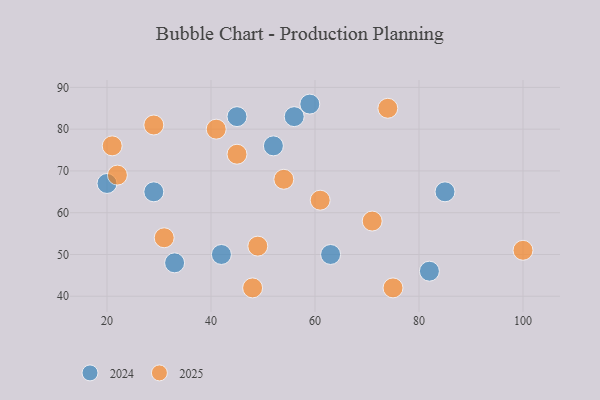
{"axis": {"x": "GDP", "y": "Life Expectancy"}, "legend": ["2024", "2025"], "data": [{"x": "20", "y": 67, "type": "2024"}, {"x": "63", "y": 50, "type": "2024"}, {"x": "33", "y": 48, "type": "2024"}, {"x": "59", "y": 86, "type": "2024"}, {"x": "29", "y": 65, "type": "2024"}, {"x": "45", "y": 83, "type": "2024"}, {"x": "56", "y": 83, "type": "2024"}, {"x": "52", "y": 76, "type": "2024"}, {"x": "82", "y": 46, "type": "2024"}, {"x": "42", "y": 50, "type": "2024"}, {"x": "85", "y": 65, "type": "2024"}, {"x": "75", "y": 42, "type": "2025"}, {"x": "21", "y": 76, "type": "2025"}, {"x": "71", "y": 58, "type": "2025"}, {"x": "31", "y": 54, "type": "2025"}, {"x": "100", "y": 51, "type": "2025"}, {"x": "61", "y": 63, "type": "2025"}, {"x": "49", "y": 52, "type": "2025"}, {"x": "22", "y": 69, "type": "2025"}, {"x": "74", "y": 85, "type": "2025"}, {"x": "45", "y": 74, "type": "2025"}, {"x": "48", "y": 42, "type": "2025"}, {"x": "54", "y": 68, "type": "2025"}, {"x": "29", "y": 81, "type": "2025"}, {"x": "41", "y": 80, "type": "2025"}]}